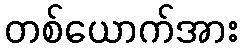
တစ်ယောက်အား